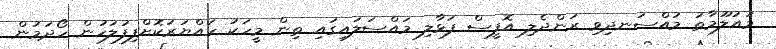
މައުލޫމާތު މުއްސަނދިވި ރަންދެލި އޮފީސް ފަޅާލި މައްސަލައިގައި ތިން މީހަކު ހައްޔަރުކޮށްފިފުލުހުން ހޯދަމުން